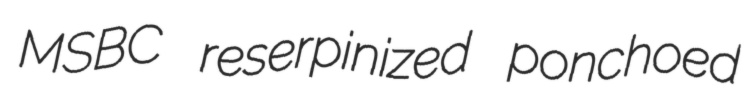
MSBC reserpinized ponchoed